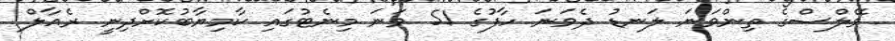
ވޭލްސްގެ ތިންވަނަ ލަނޑު ދެވަނަ ހާފުގެ 51 ވަނަ މިނެޓުގައި ކާމިޔާބުކޮށްދިނީ ރެއާލް